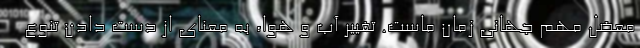
معضل مهم جهانی زمان ماست. تغییر آب و هوا، به معنای از دست دادن تنوع